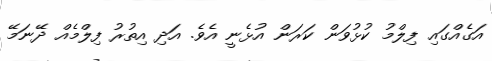
އަގެއްގައި ފިލްމު ކުޅުވަން ކަރަން އުޅެނީ އެވެ. އަދި އިތުރު ފިލްމެއް ދޭނަމޭ